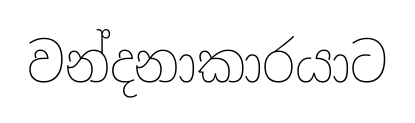
වන්දනාකාරයාට